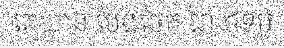
គេ បាន បែងចែក ជា ៤ទម្ង